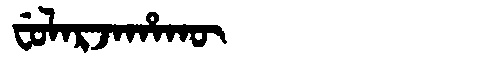
Manchu: ᠸᡠᠯᠠᡵᠵᠠᡥᠠᡴᡡ
Romanization: FULARJAHAKŪ